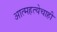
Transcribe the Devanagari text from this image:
आत्महत्येचाही